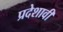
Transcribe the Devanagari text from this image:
प्रदेशावी